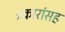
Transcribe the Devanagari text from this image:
प्रकारांसह